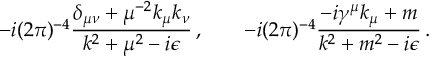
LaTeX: - i ( 2 \pi ) ^ { - 4 } { \frac { \delta _ { \mu \nu } + \mu ^ { - 2 } k _ { \mu } k _ { \nu } } { k ^ { 2 } + \mu ^ { 2 } - i \epsilon } } \, , \qquad - i ( 2 \pi ) ^ { - 4 } { \frac { - i \gamma ^ { \mu } k _ { \mu } + m } { k ^ { 2 } + m ^ { 2 } - i \epsilon } } \, .